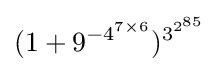
(1+9^{-4^{7\times 6}})^{3^{2^{85}}}